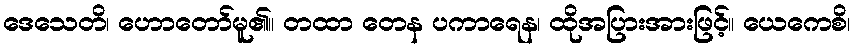
ဒေသေတိ၊ ဟောတော်မူ၏။ တထာ တေန ပကာရေန၊ ထိုအပြားအားဖြင့်။ ယေကေစိ၊